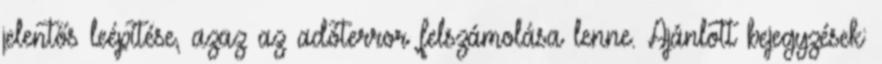
jelentős leépítése, azaz az adóterror felszámolása lenne. Ajánlott bejegyzések: